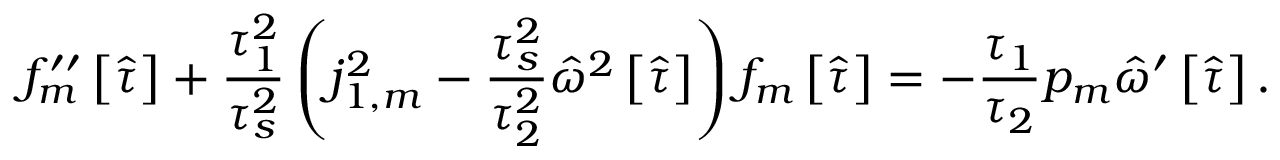
f _ { m } ^ { \prime \prime } \left[ \hat { \tau } \right] + \frac { \tau _ { 1 } ^ { 2 } } { \tau _ { s } ^ { 2 } } \left( j _ { 1 , m } ^ { 2 } - \frac { \tau _ { s } ^ { 2 } } { \tau _ { 2 } ^ { 2 } } \hat { \omega } ^ { 2 } \left[ \hat { \tau } \right] \right) f _ { m } \left[ \hat { \tau } \right] = - \frac { \tau _ { 1 } } { \tau _ { 2 } } p _ { m } \hat { \omega } ^ { \prime } \left[ \hat { \tau } \right] .